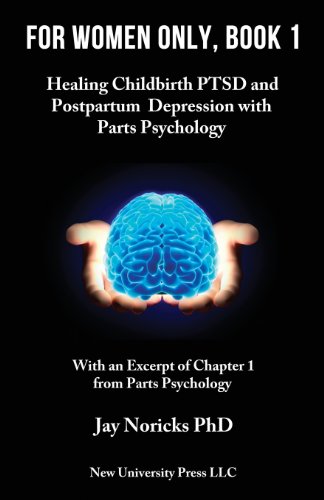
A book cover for For Women Only, Book 1: Healing Childbirth PTSD and Postpartum Depression with Parts Psychology (Volume 1); Jay Noricks; Health, Fitness & Dieting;